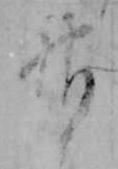
神